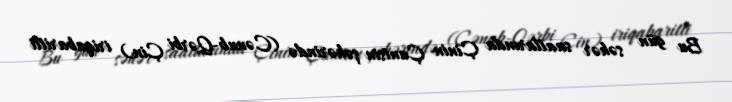
Bu gün səhər saatlarında Çinin Çuntsin şəhərində (Cənub-Qərbi Çin) iriqabaritli